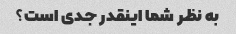
به نظر شما اینقدر جدی است؟